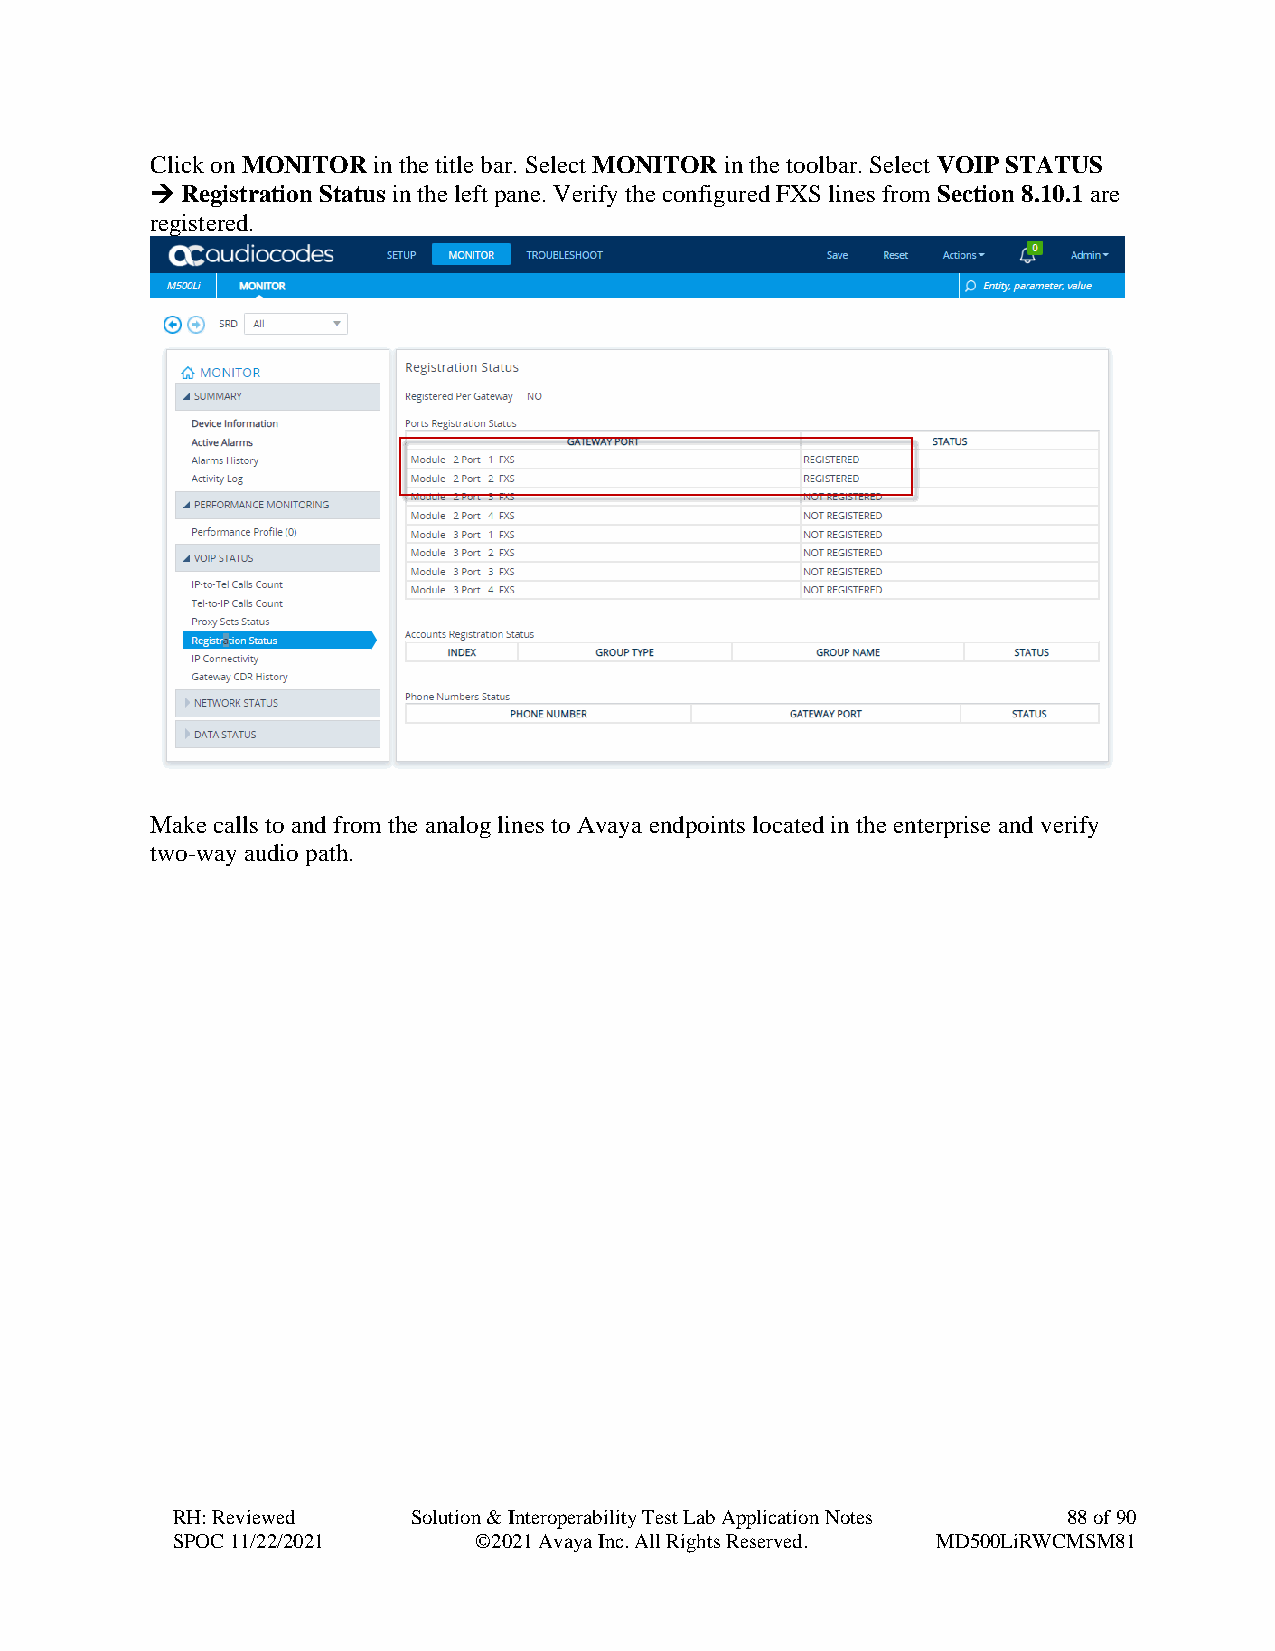
Click on MONITOR in the title bar. Select MONITOR in the toolbar. Select VOIP STATUS
 → Registration Status in the left pane. Verify the configured FXS lines from Section 8.10.1 are
 registered.
 Make calls to and from the analog lines to Avaya endpoints located in the enterprise and verify
 two-way audio path.
 RH: Reviewed    Solution & Interoperability Test Lab Application Notes 88 of 90
 SPOC 11/22/2021     ©2021 Avaya Inc. All Rights Reserved. MD500LiRWCMSM81